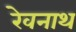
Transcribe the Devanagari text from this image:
रेवनाथ